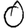
Digit: 0